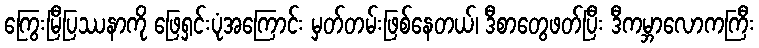
ကြွေးမြီပြဿနာကို ဖြေရှင်းပုံအကြောင်း မှတ်တမ်းဖြစ်နေတယ်၊ ဒီစာတွေဖတ်ပြီး ဒီကမ္ဘာလောကကြီး